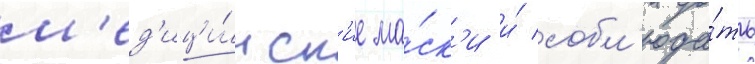
м'ед'ици́нск'ие ма́ск'и и́ собл'юда́ть